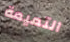
التميمة